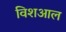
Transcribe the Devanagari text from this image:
विशआल